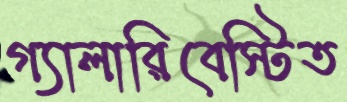
গ্যালারিবেস্টিত